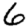
Digit: 6